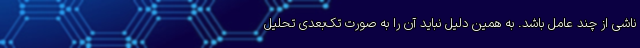
ناشی از چند عامل‌ باشد. به همین دلیل نباید آن را به صورت تک‌بعدی تحلیل